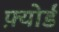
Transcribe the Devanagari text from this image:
फ़्योर्ड